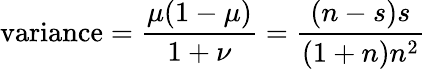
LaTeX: {\mathrm{variance}}={\frac{\mu(1-\mu)}{1+\nu}}={\frac{(n-s)s}{(1+n)n^{2}}}